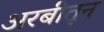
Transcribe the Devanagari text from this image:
अरबीतून